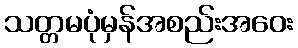
သတ္တမပုံမှန်အစည်းအဝေး